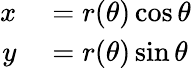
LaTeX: \begin{array}{rl}{x}&{{}=r(\theta)\cos\theta}\\ {y}&{{}=r(\theta)\sin\theta}\end{array}